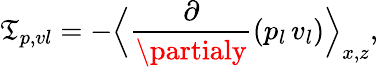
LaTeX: \mathfrak{T}_{p,vl}=-\Bigl\langle\frac{{\partial}}{{\partialy}}\left(p_{l}\, v_{l}\right)\Bigr\rangle_{x,z},